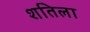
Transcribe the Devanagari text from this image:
शतिला